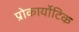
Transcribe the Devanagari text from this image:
प्रोकार्योटिक